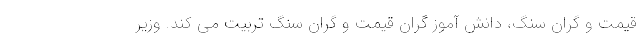
قیمت و گران سنگ، دانش آموز گران قیمت و گران سنگ تربیت می کند. وزیر